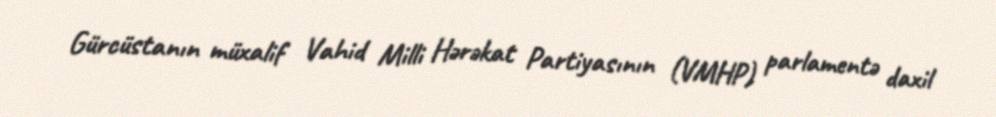
Gürcüstanın müxalif Vahid Milli Hərəkat Partiyasının (VMHP) parlamentə daxil